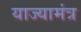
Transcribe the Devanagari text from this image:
याज्यामंत्र